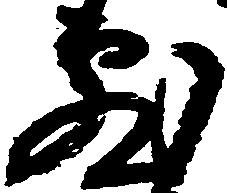
敷